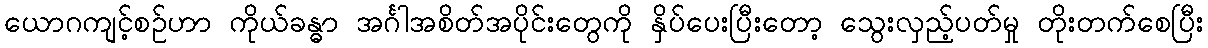
ယောဂကျင့်စဉ်ဟာ ကိုယ်ခန္ဓာ အင်္ဂါအစိတ်အပိုင်းတွေကို နှိပ်ပေးပြီးတော့ သွေးလှည့်ပတ်မှု တိုးတက်စေပြီး